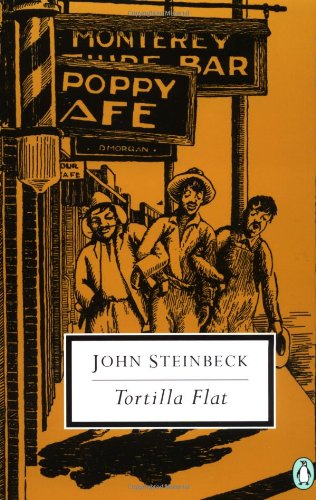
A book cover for Tortilla Flat (Penguin Twentieth-Century Classics); John Steinbeck; Literature & Fiction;